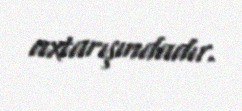
axtarışındadır.